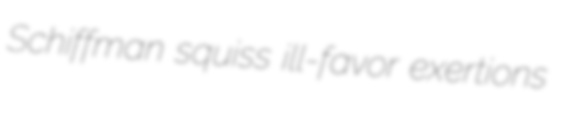
Schiffman squiss ill-favor exertions